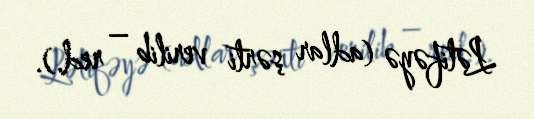
Lətifəyə (adlar şərti verilib – red.).